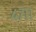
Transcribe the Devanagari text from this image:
४७११